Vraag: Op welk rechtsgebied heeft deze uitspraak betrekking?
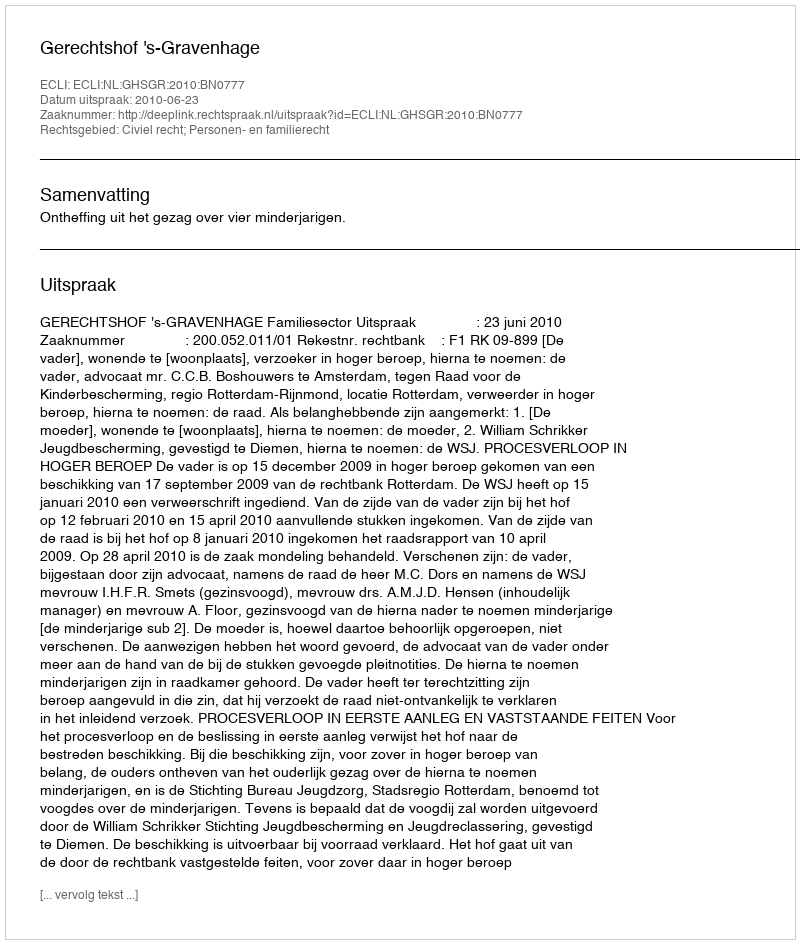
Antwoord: Civiel recht; Personen- en familierecht